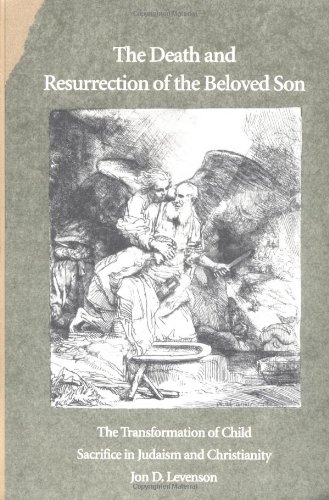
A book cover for The Death and Resurrection of the Beloved Son: The Transformation of Child Sacrifice in Judaism and Christianity; Jon D. Levenson; Religion & Spirituality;